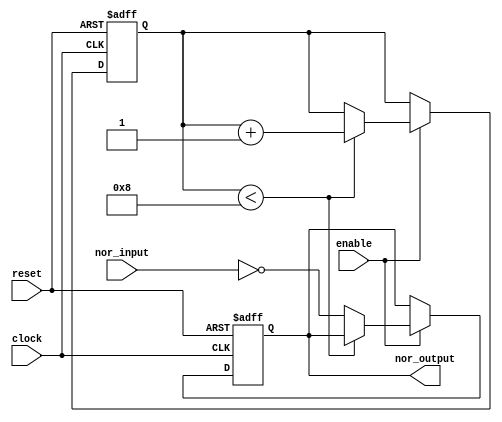
module nor_gate_delay (
    input wire clock,
    input wire reset,
    input wire enable,
    input wire nor_input,
    output reg nor_output
);

reg [3:0] delay_counter;

always @(posedge clock or posedge reset) begin
    if (reset) begin
        delay_counter <= 4'b0000;
        nor_output <= 1'b0;
    end else if (enable) begin
        if (delay_counter < 4'b1000) begin
            delay_counter <= delay_counter + 1;
        end else begin
            nor_output <= ~nor_input;
        end
    end
end

endmodule